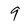
Character: 9